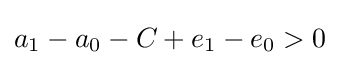
a_{1}-a_{0}-C+e_{1}-e_{0}>0